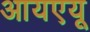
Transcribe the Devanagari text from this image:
आयएयू